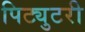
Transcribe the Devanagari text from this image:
पिट्युटरी